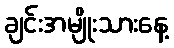
ချင်းအမျိုးသားနေ့